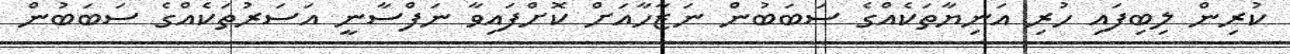
ކުރިން ލިބިފައި ހުރި އަނިޔާތަކެއްގެ ސަބަބުން ނަޒާހާއަށް ކޮށްފައިވާ ނަފްސާނީ އަސަރުތަކެއްގެ ސަބަބުން